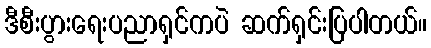
ဒီစီးပွားရေးပညာရှင်ကပဲ ဆက်ရှင်းပြပါတယ်။